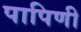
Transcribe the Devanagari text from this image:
पापिणी